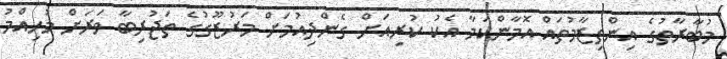
މުބާރާތުގެ އިންތިޒާމުތައް އޮމާންކަމާ އެކު ކުރިއަށް ގެންދިއުމަށް މަރުޒޫގުގެ ތަޖުރިބާ ވަރަށް މުހިއްމު